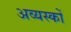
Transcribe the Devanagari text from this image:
अव्यस्कों